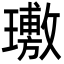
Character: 璷